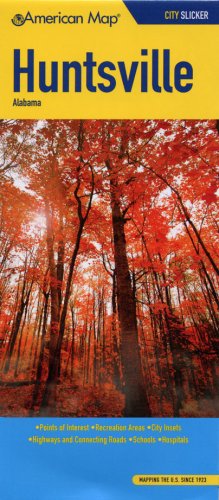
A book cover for American Map Huntsville, Al Slicker; Travel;